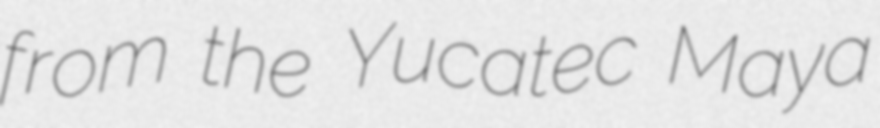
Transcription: from the Yucatec Maya